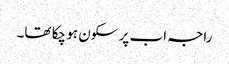
راجہ اب پر سکون ہو چکا تھا۔